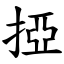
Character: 掗